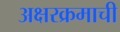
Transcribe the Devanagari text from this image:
अक्षरक्रमाची